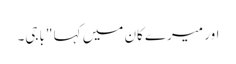
اور میرے کان میں کہا "باجی۔